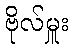
ဗိုလ်မှူး